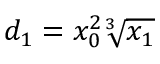
d _ { 1 } = x _ { 0 } ^ { 2 } \sqrt [ 3 ] { x _ { 1 } }